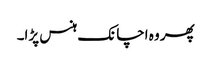
پھر وہ اچانک ہنس پڑا۔